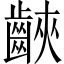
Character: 䶝